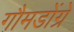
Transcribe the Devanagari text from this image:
गौमडोंग्रे